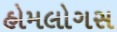
હોમલોગસ